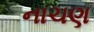
નાચણ